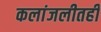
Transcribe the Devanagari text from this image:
कलांजलीतही